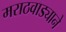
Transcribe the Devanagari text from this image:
मराठवाड्याने